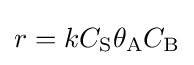
r=kC_{\mathrm {S} }\theta _{\mathrm {A} }C_{\mathrm {B} }